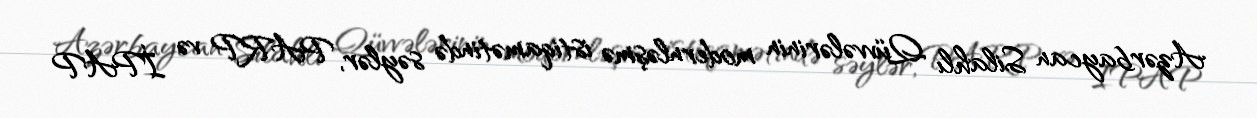
Azərbaycan Silahlı Qüvvələrinin modernləşmə istiqamətində səylər, PARP və İPAP